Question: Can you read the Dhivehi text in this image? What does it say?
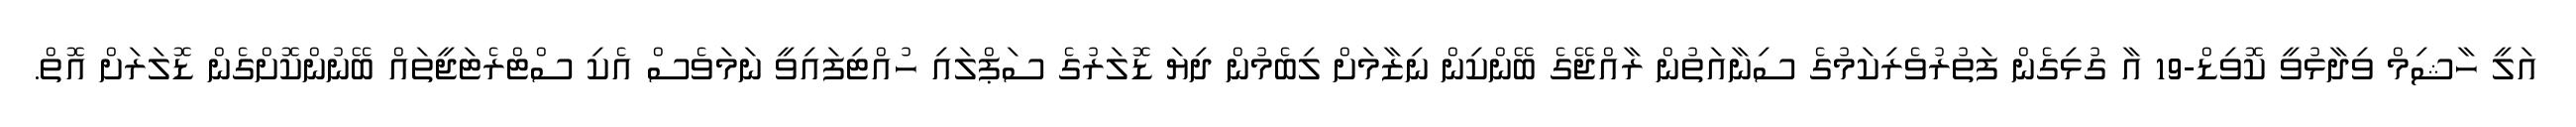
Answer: އަލީ ހާޝިމް ވިދާޅުވީ ކޮވިޑް-19 އާ ގުޅިގެން ފަތުރުވެރިކަމުގެ ސިނާއަތުން ރާއްޖޭގެ ބޭންކިން ނިޒާމަށް ލިބެމުން ދިޔަ ޑޮލަރުގެ ސަޕްލައި ހުއްޓިފައިވީ ނަމަވެސް އެކި ސްޓްރެޓަޖީތައް ބޭނުންކޮށްގެން ޑޮލަރަށް އޮތް.